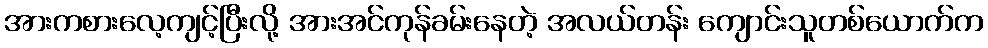
အားကစားလေ့ကျင့်ပြီးလို့ အားအင်ကုန်ခမ်းနေတဲ့ အလယ်တန်း ကျောင်းသူတစ်ယောက်က